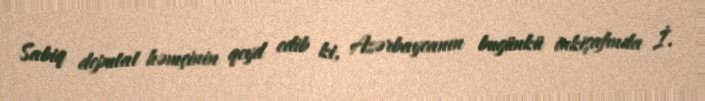
Sabiq deputat həmçinin qeyd edib ki, Azərbaycanın bugünkü inkişafında İ.